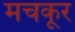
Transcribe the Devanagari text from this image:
मचकूर